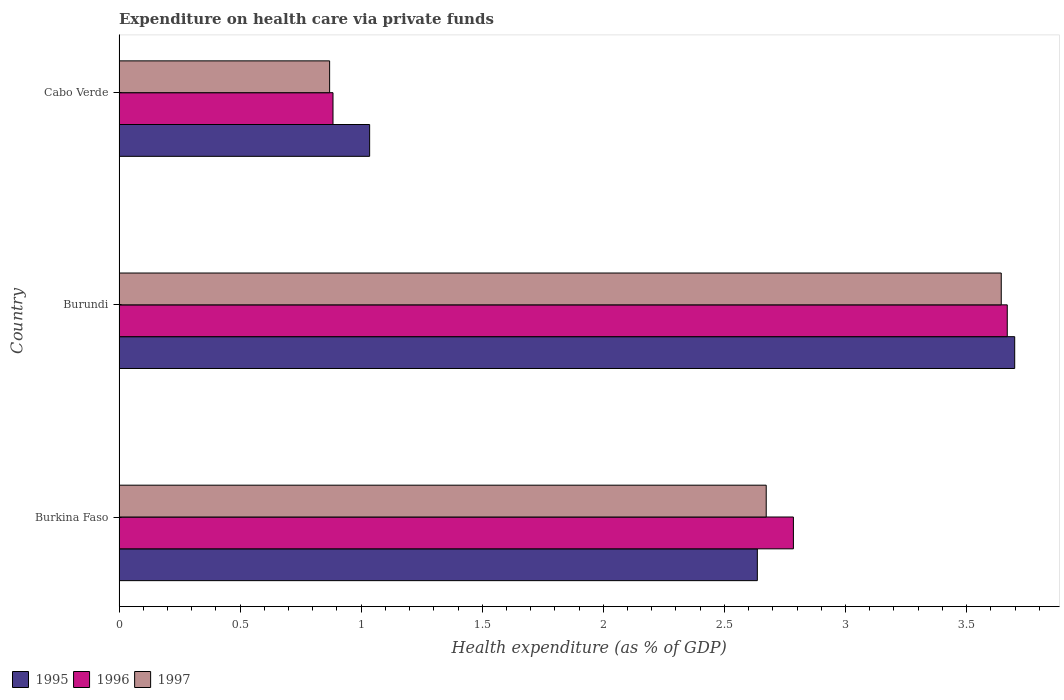
| Country | 1995 | 1996 | 1997 |
 | --- | --- | --- | --- |
 | Burkina Faso | 2.64 | 2.78 | 2.67 |
 | Burundi | 3.7 | 3.67 | 3.64 |
 | Cabo Verde | 1.03 | 0.884 | 0.87 |